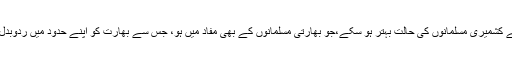
چنانچہ ہمیں کسی ایسے حل کے بارے میں سوچ بچار کرنا چاہئیے جس سے کشمیری مسلمانوں کی حالت بہتر ہو سکے،جو بھارتی مسلمانوں کے بھی مفاد میں ہو، جس سے بھارت کو اپنے حدود میں ردوبدل سے بھی نہ گزرنا پڑے اور جو پاکستان کے لئے بھی اطمینان کا باعث ہو۔